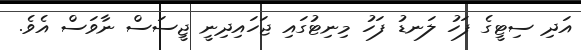
އަދި ސިޓީގެ ފަހު ލަނޑު ފަހު މިނިޓުގައި ޖަހައިދިނީ ޖީސަސް ނާވަސް އެވެ.